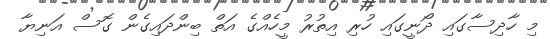
މި ހާދިސާގައި ދޯނީގައި ހުރި އިތުރު މީހެއްގެ އަތް ބިންދައިގެން ގޮސް އަނިޔާ